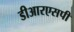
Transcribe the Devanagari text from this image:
डीआरएसपी